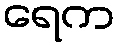
ရေက